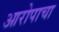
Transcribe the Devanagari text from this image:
आरोपाचा